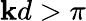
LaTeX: \mathbf{k}d>\pi